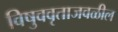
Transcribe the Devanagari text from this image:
विषुववृताजवळील